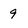
Character: 9